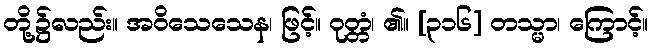
တို့၌လည်း။ အဝိသေသေန၊ ဖြင့်။ ဝုတ္တံ၊ ၏။ [၃၁၆] တသ္မာ၊ ကြောင့်။